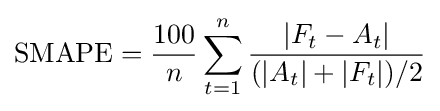
{\text{SMAPE}}={\frac {100}{n}}\sum _{t=1}^{n}{\frac {\left|F_{t}-A_{t}\right|}{(|A_{t}|+|F_{t}|)/2}}